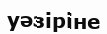
уәзіріне